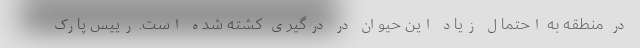
در منطقه به احتمال زیاد این حیوان در درگیری کشته شده است. رییس پارک